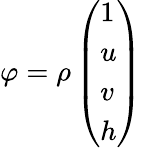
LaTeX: \varphi=\rho\left(\begin{array}{l}{1}\\ {u}\\ {v}\\ {h}\end{array}\right)